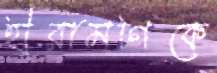
হীরামণিকে